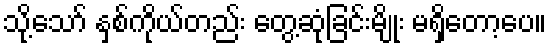
သို့သော် နှစ်ကိုယ်တည်း တွေ့ဆုံခြင်းမျိုး မရှိတော့ပေ။